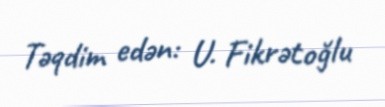
Təqdim edən: U. Fikrətoğlu